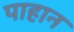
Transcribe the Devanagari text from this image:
पाहान